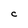
Character: C